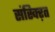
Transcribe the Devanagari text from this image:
संस्क्ऱित